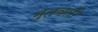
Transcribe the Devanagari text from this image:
मृतवती